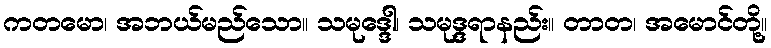
ကတမော၊ အဘယ်မည်သော။ သမုဒ္ဒေါ၊ သမုဒ္ဒရာနည်း။ တာတ၊ အမောင်တို့။